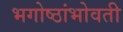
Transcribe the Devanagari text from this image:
भगोष्ठांभोवती